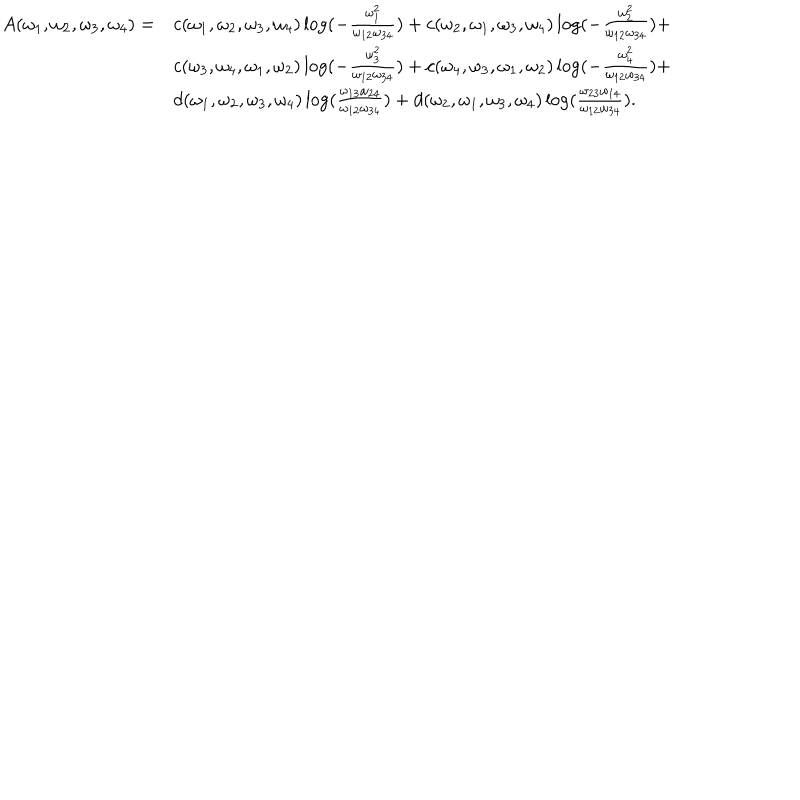
LaTeX: \begin{array} { l l l } { { A ( \omega _ { 1 } , \omega _ { 2 } , \omega _ { 3 } , \omega _ { 4 } ) = } } & { { c ( \omega _ { 1 } , \omega _ { 2 } , \omega _ { 3 } , \omega _ { 4 } ) \log ( { - \frac { \omega _ { 1 } ^ { 2 } } { \omega _ { 1 2 } \omega _ { 3 4 } } } ) + c ( \omega _ { 2 } , \omega _ { 1 } , \omega _ { 3 } , \omega _ { 4 } ) \log ( { - \frac { \omega _ { 2 } ^ { 2 } } { \omega _ { 1 2 } \omega _ { 3 4 } } } ) + } } \\ { { } } & { { c ( \omega _ { 3 } , \omega _ { 4 } , \omega _ { 1 } , \omega _ { 2 } ) \log ( { - \frac { \omega _ { 3 } ^ { 2 } } { \omega _ { 1 2 } \omega _ { 3 4 } } } ) + c ( \omega _ { 4 } , \omega _ { 3 } , \omega _ { 1 } , \omega _ { 2 } ) \log ( { - \frac { \omega _ { 4 } ^ { 2 } } { \omega _ { 1 2 } \omega _ { 3 4 } } } ) + } } \\ { { } } & { { d ( \omega _ { 1 } , \omega _ { 2 } , \omega _ { 3 } , \omega _ { 4 } ) \log ( { \frac { \omega _ { 1 3 } \omega _ { 2 4 } } { \omega _ { 1 2 } \omega _ { 3 4 } } } ) + d ( \omega _ { 2 } , \omega _ { 1 } , \omega _ { 3 } , \omega _ { 4 } ) \log ( { \frac { \omega _ { 2 3 } \omega _ { 1 4 } } { \omega _ { 1 2 } \omega _ { 3 4 } } } ) . } } \\ \end{array}